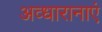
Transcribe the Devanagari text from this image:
अव्धारानाएं